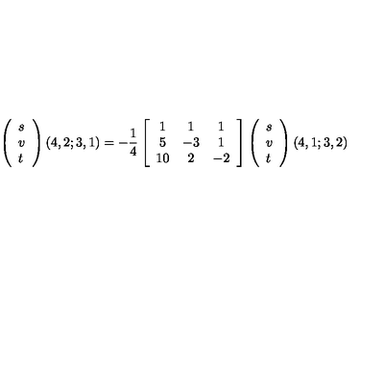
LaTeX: \left( \begin{array} { l } { s } \\ { v } \\ { t } \\ \end{array} \right) ( 4 , 2 ; 3 , 1 ) = - \frac { 1 } { 4 } \left[ \begin{array} { c c c } { 1 } & { 1 } & { 1 } \\ { 5 } & { - 3 } & { 1 } \\ { 1 0 } & { 2 } & { - 2 } \\ \end{array} \right] \left( \begin{array} { l } { s } \\ { v } \\ { t } \\ \end{array} \right) ( 4 , 1 ; 3 , 2 )